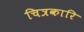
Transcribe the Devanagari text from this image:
चित्रकारि